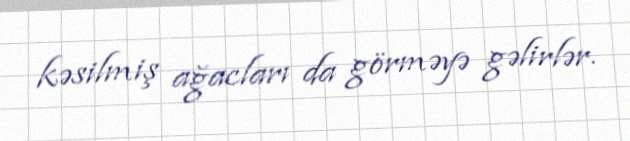
kəsilmiş ağacları da görməyə gəlirlər.